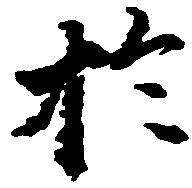
於